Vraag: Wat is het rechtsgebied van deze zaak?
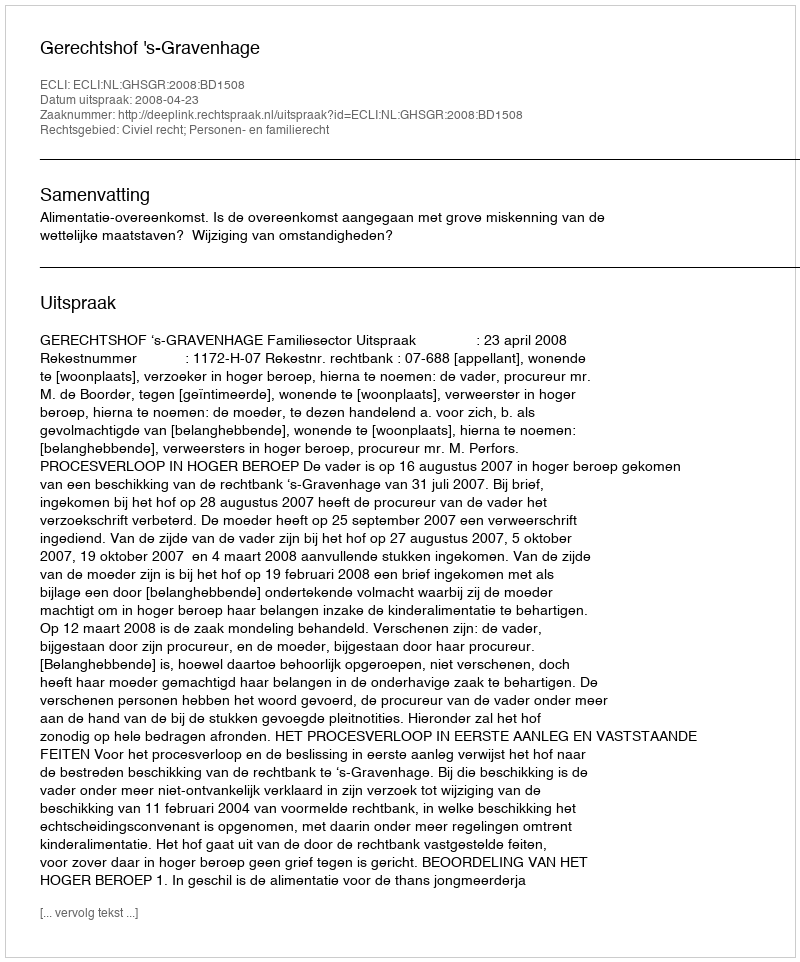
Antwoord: Civiel recht; Personen- en familierecht